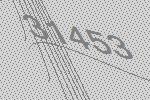
31453